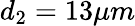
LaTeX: d_{2}=13\mu m